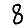
Digit: 8